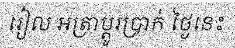
រៀល អត្រាប្តូរប្រាក់ ថ្ងៃនេះ